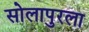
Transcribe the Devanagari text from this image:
सोलापुरला